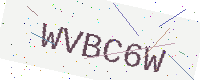
Text: WVBC6W